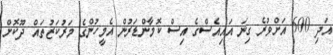
އަދި 600 އަށްވުރެ ގިނަ އައިއެސްގެ އިސް ކޮމާންޑަރުން އެމީހުންގެ މަރުކަޒުތައް ދޫކޮށް